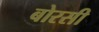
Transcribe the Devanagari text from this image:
बोरसी